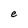
Character: e